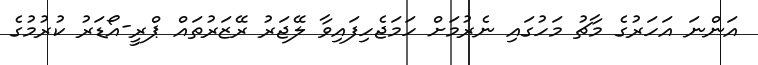
އަންނަ އަހަރުގެ މާޗު މަހުގައި ނެރުމަށް ހަމަޖެހިފައިވާ ލޭޖަރު ރޭޒަރުތައް ޕްރީ-އޯޑަރު ކުރުމުގެ